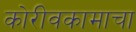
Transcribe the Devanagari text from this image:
कोरीवकामाचा